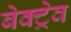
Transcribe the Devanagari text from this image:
बेक्ट्रेव